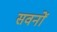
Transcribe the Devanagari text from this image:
सवनों